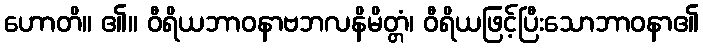
ဟောတိ။ ၏။ ဝီရိယဘာဝနာဗဘလနိမိတ္တံ၊ ဝီရိယဖြင့်ပြီးသောဘာဝနာ၏